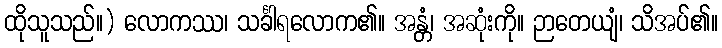
ထိုသူသည်။) လောကဿ၊ သင်္ခါရလောက၏။ အန္တံ၊ အဆုံးကို။ ဉာတေယျံ၊ သိအပ်၏။